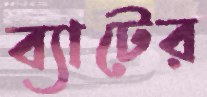
ব্যাটের